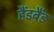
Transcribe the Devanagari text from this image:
हैंडबैंड